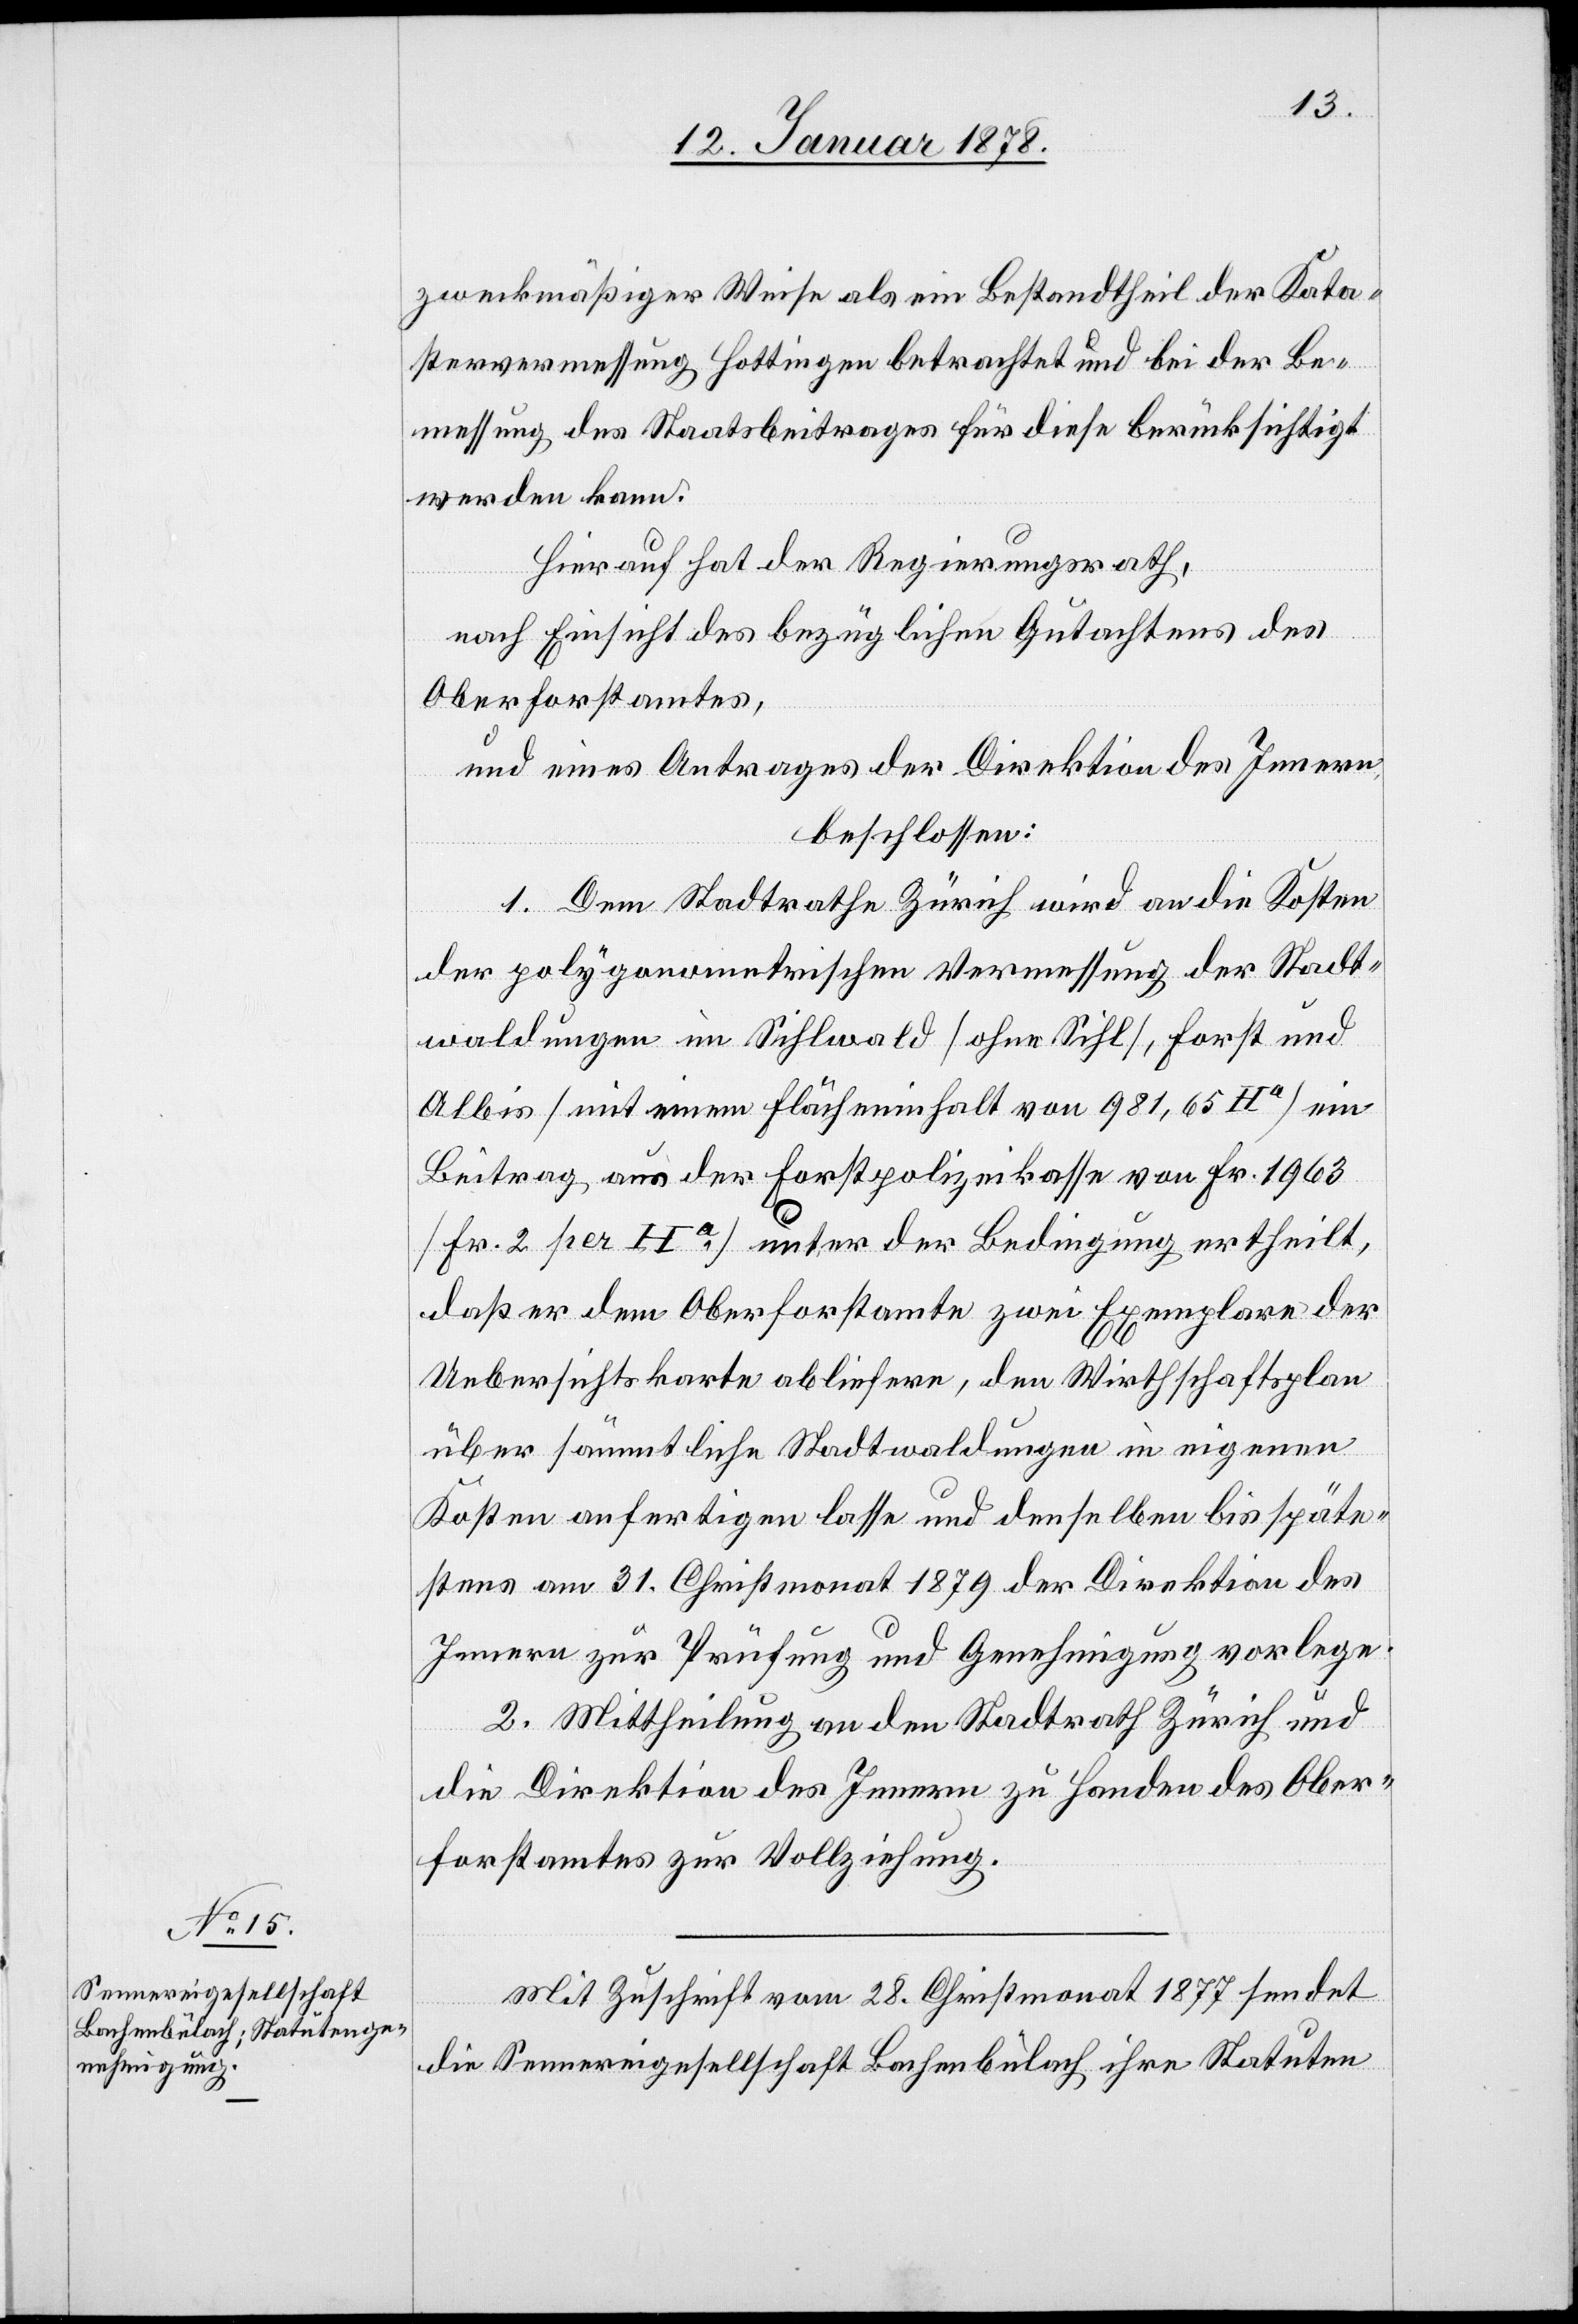
zweckmäßiger Weise als ein Bestandtheil der Kata¬
stervermessung Hottingen betrachtet und bei der Be¬
messung des Staatsbeitrages für diese berücksichtigt
werden kann.
Hierauf hat der Regierungsrath,
nach Einsicht eines bezüglichen Gutachtens des
Oberforstamtes,
und eines Antrages der Direktion des Innern,
beschlossen:
1. Dem Stadtrathe Zürich wird an die Kosten
der polygenometrischen [sic!] Vermessung der Stadt¬
waldungen im Sihlwald [ohne Sihl], Forst und
Albis [mit einem Flächeninhalt von 981,65 Ha] ein
Beitrag aus der Forstpolizeikasse von fr. 1 963
[Fr. 2 pr. Ha] unter der Bedingung ertheilt,
daß er dem Oberforstamte zwei Exemplare der
Uebersichtskarte abliefern, den Wirthschaftsplan
über sämmtliche Stadtwaldungen in eigenen
Kosten anfertigen lasse und denselben bis späte¬
stens am 31 Christmonat 1879 der Direktion des
Innern zur Prüfung und Genehmigung vorlege.
2. Mittheilung an den Stadtrath Zürich und
die Direktion des Innern zu Handen des Ober¬
forstamtes zur Vollziehung.
Mit Zuschrift vom 28 Christmonat 1877 sendet
die Sennereigesellschaft Bachenbülach ihre Statuten